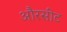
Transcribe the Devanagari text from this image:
औरसीट